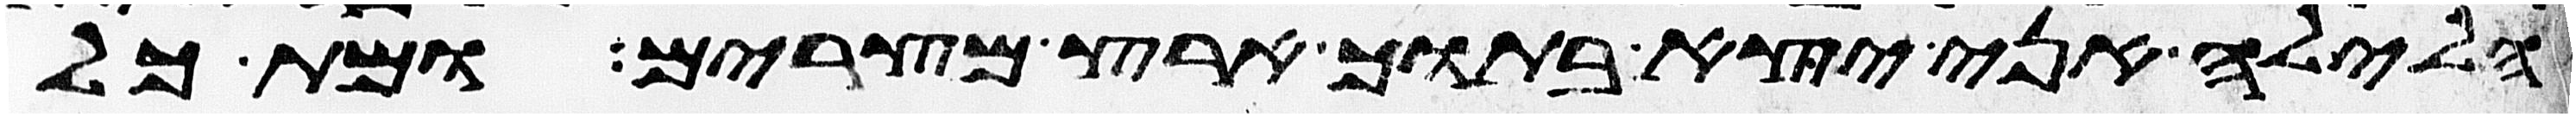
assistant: הלילה אני יצא בתוך ארץ מצרים ומת כל